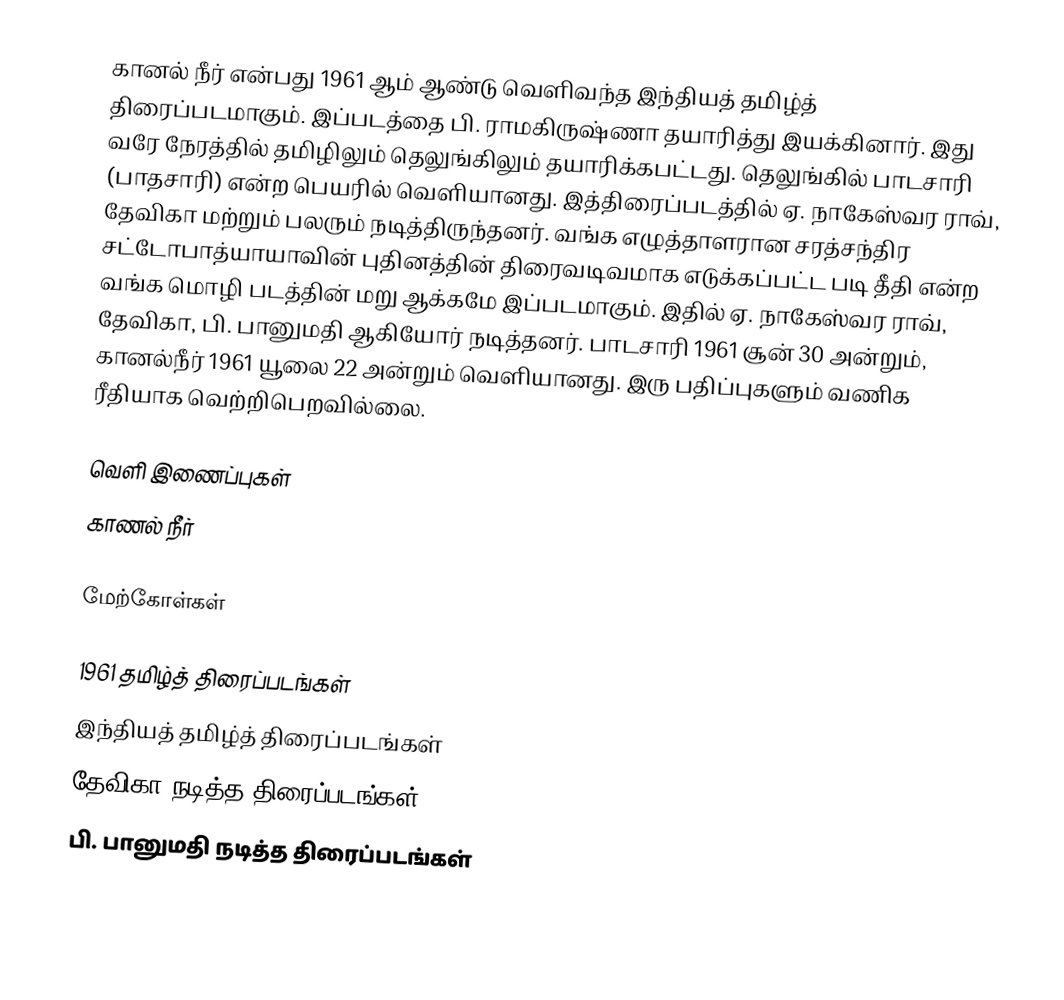
கானல் நீர் என்பது 1961 ஆம் ஆண்டு வெளிவந்த இந்தியத் தமிழ்த் திரைப்படமாகும். இப்படத்தை பி. ராமகிருஷ்ணா தயாரித்து இயக்கினார். இது வரே நேரத்தில் தமிழிலும் தெலுங்கிலும் தயாரிக்கபட்டது. தெலுங்கில் பாடசாரி (பாதசாரி) என்ற பெயரில் வெளியானது. இத்திரைப்படத்தில் ஏ. நாகேஸ்வர ராவ், தேவிகா மற்றும் பலரும் நடித்திருந்தனர்.  வங்க எழுத்தாளரான சரத்சந்திர சட்டோபாத்யாயாவின் புதினத்தின் திரைவடிவமாக எடுக்கப்பட்ட  படி தீதி என்ற வங்க மொழி படத்தின் மறு ஆக்கமே இப்படமாகும். இதில் ஏ. நாகேஸ்வர ராவ், தேவிகா, பி. பானுமதி ஆகியோர் நடித்தனர். பாடசாரி 1961 சூன் 30 அன்றும், கானல்நீர் 1961 யூலை 22 அன்றும் வெளியானது. இரு பதிப்புகளும் வணிக ரீதியாக வெற்றிபெறவில்லை.

வெளி இணைப்புகள்
 காணல் நீர்

மேற்கோள்கள்

1961 தமிழ்த் திரைப்படங்கள்
இந்தியத் தமிழ்த் திரைப்படங்கள்
தேவிகா நடித்த திரைப்படங்கள்
பி. பானுமதி நடித்த திரைப்படங்கள்